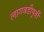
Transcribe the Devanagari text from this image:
लागवडीपूर्वी